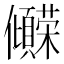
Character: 𫤒